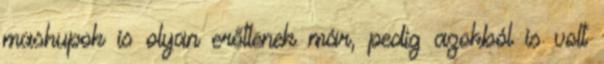
mashupok is olyan erőtlenek már, pedig azokból is volt